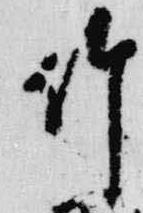
竹